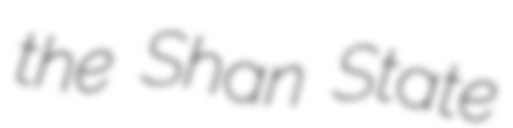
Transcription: the Shan State